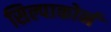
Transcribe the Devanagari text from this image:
सिल्पाकोर्न